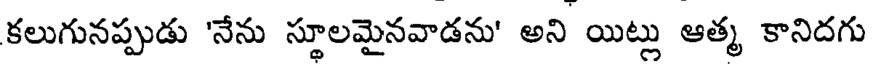
కలుగునప్పుడు 'నేను స్తూలమైనవాడను' అని యిట్లు ఆత్మ కానిదగు